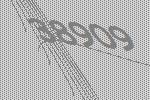
38909